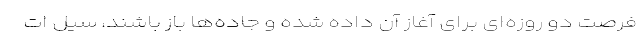
فرصت دو روزه‌ای برای آغاز آن داده شده و جاده‌ها باز باشند، سیل ات